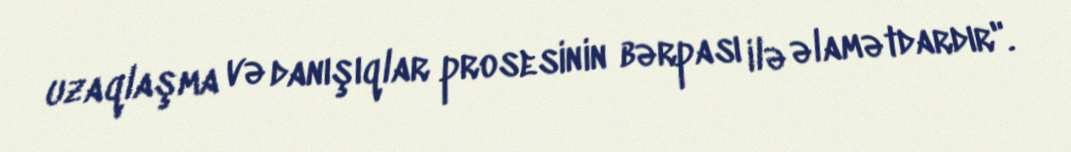
uzaqlaşma və danışıqlar prosesinin bərpası ilə əlamətdardır".